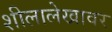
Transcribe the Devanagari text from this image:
शीलालेखावर